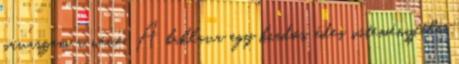
pávaszem a neve. A baklava egy kiadós, édes süteményféle,